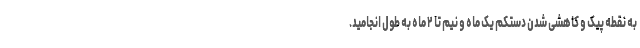
به نقطه پیک و کاهشی شدن دستکم یک ماه و نیم تا ۲ ماه به طول انجامید.